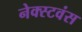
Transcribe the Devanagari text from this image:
नेक्स्टवंस